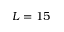
L = 1 5